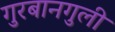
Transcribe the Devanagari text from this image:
गुरबानगुली